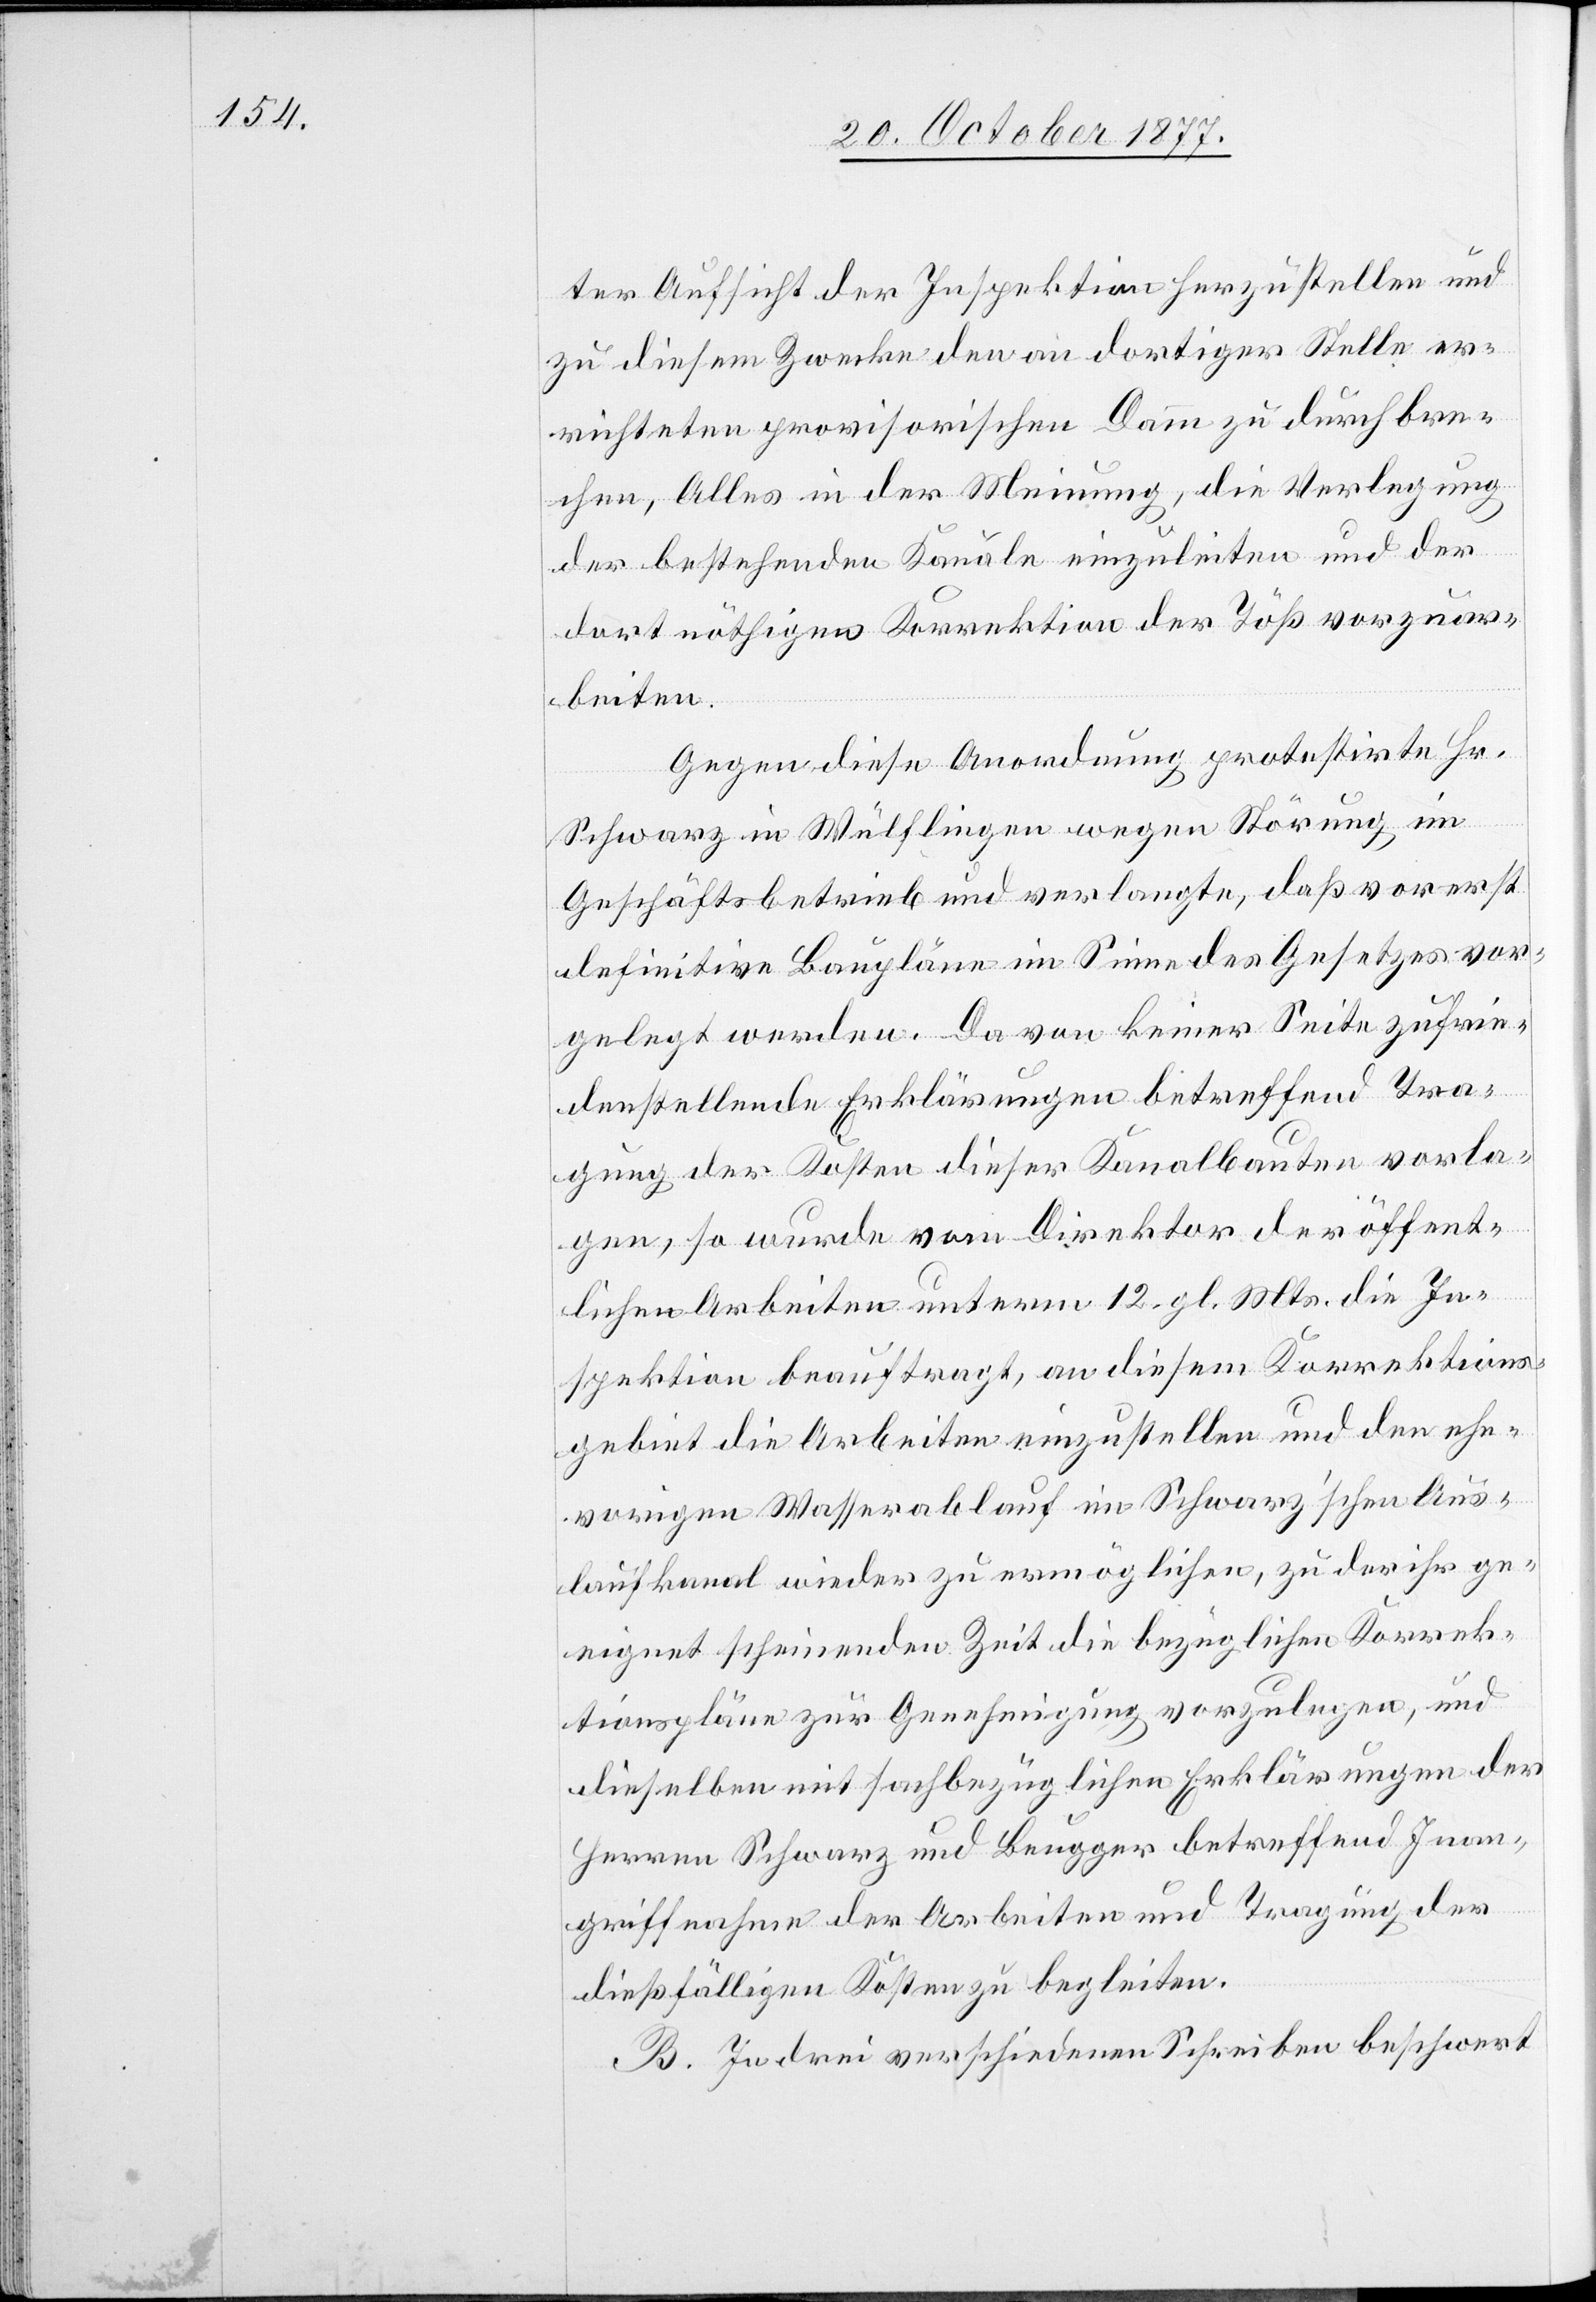
ter Aufsicht der Inspektion herzustellen und
zu diesem Zwecke den an dortiger Stelle er¬
richteten provisorischen Damm zu durchbre¬
chen, Alles in der Meinung, die Verlegung
der bestehenden Kanäle einzuleiten und der
dort nöthigen Korrektion der Töß vorzuar¬
beiten.
Gegen diese Anordnung protestirte Hr.
Schwarz in Wülflingen wegen Störung im
Geschäftsbetrieb und verlangte, daß vorerst
definitive Baupläne im Sinne des Gesetzes vor¬
gelegt werden. Da von keiner Seite zufrie¬
denstellende Erklärungen betreffend Tra¬
gung der Kosten dieser Kanalbauten vorla¬
gen, so wurde vom Direktor der öffent¬
lichen Arbeiten unterm 12. gl. Mts. die In¬
spektion beauftragt, an diesem Korrektions¬
gebiet die Arbeiten einzustellen und den ehe¬
vorigen Wasserablauf im Schwarz’schen Aus¬
laufkanal wieder zu ermöglichen, zu der ihr ge¬
eignet scheinenden Zeit die bezüglichen Korrek¬
tionspläne zur Genehmigung vorzulegen, und
dieselben mit sachbezüglichen Erklärungen der
Herren Schwarz und Beugger betreffend Inan¬
griffnahme der Arbeiten und Tragung der
dießfälligen Kosten zu begleiten.
B. In drei verschiedenen Schreiben beschwert